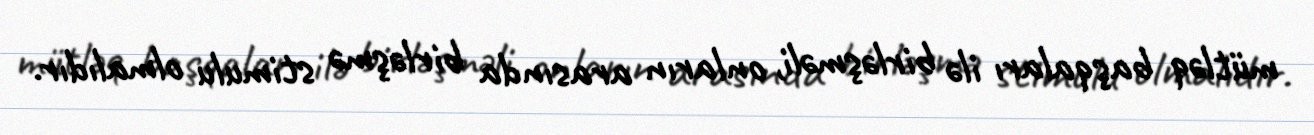
mütləq başqaları ilə birləşməli, onların arasında birləşmə stimulu olmalıdır.